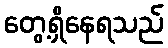
တွေ့ရှိနေရသည်